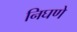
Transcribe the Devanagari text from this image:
निघणे